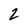
Character: 2